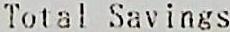
TOTAL SAVINGS